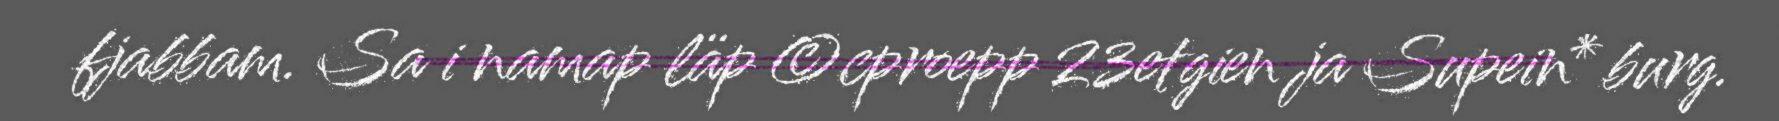
fjabbam. Sa i namap läp ©cproepp 23etgien ja Supein* burg.